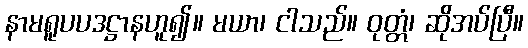
နာမရူပပဒဋ္ဌာနဟူ၍။ မယာ၊ ငါသည်။ ဝုတ္တံ၊ ဆိုအပ်ပြီ။